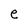
Character: e